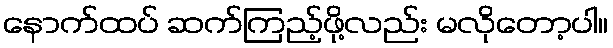
နောက်ထပ် ဆက်ကြည့်ဖို့လည်း မလိုတော့ပါ။